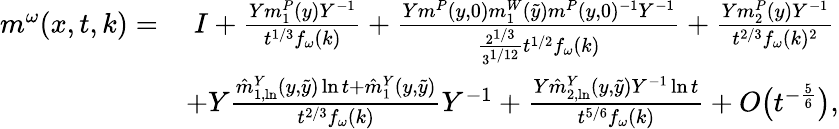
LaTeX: \begin{array}{rl}{m^{\omega}(x,t,k)=}&{\; I+\frac{Ym_{1}^{P}(y)Y^{-1}}{t^{1/3}f_{\omega}(k)}+\frac{Ym^{P}(y,0)m_{1}^{W}(\tilde{y})m^{P}(y,0)^{-1}Y^{-1}}{\frac{2^{1/3}}{3^{1/12}}t^{1/2}f_{\omega}(k)}+\frac{Ym_{2}^{P}(y)Y^{-1}}{t^{2/3}f_{\omega}(k)^{2}}}\\ &{+Y\frac{\hat{m}_{1,\ln}^{Y}(y,\tilde{y})\ln t+\hat{m}_{1}^{Y}(y,\tilde{y})}{t^{2/3}f_{\omega}(k)}Y^{-1}+\frac{Y\hat{m}_{2,\ln}^{Y}(y,\tilde{y})Y^{-1}\ln t}{t^{5/6}f_{\omega}(k)}+O\big(t^{-\frac{5}{6}}\big),}\end{array}